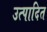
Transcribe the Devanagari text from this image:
उत्पादित